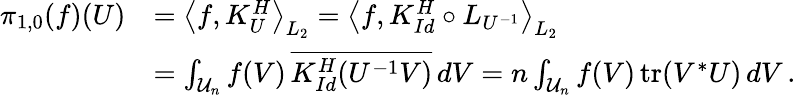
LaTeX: \begin{array}{rl}{\pi_{1,0}(f)(U)}&{=\big\langle f,K_{U}^{H}\big\rangle_{L_{2}}=\big\langle f,K_{Id}^{H}\circ L_{U^{-1}}\big\rangle_{L_{2}}}\\ &{=\int_{\mathcal{U}_{n}}f(V)\, \overline{{K_{Id}^{H}(U^{-1}V)}}\, dV=n\int_{\mathcal{U}_{n}}f(V)\, \mathrm{tr}(V^{*}U)\, dV\, .}\end{array}